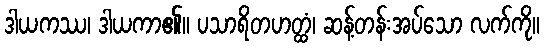
ဒါယကဿ၊ ဒါယကာ၏။ ပသာရိတဟတ္ထံ၊ ဆန့်တန်းအပ်သော လက်ကို။